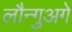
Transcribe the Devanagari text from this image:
लौन्गुअगे